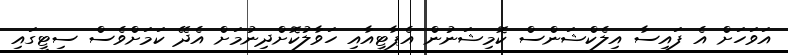
އަވަހަށް އެ ފައިސާ އިލެކްޝަންސް ކޮމިޝަނުން އެޕާޓީއާއި ހަވާލުކޮށްދިނުމަށް އެދޭ ކަމަށްވެސް ސިޓީގައި